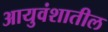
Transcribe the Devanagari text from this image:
आयुवंशातील